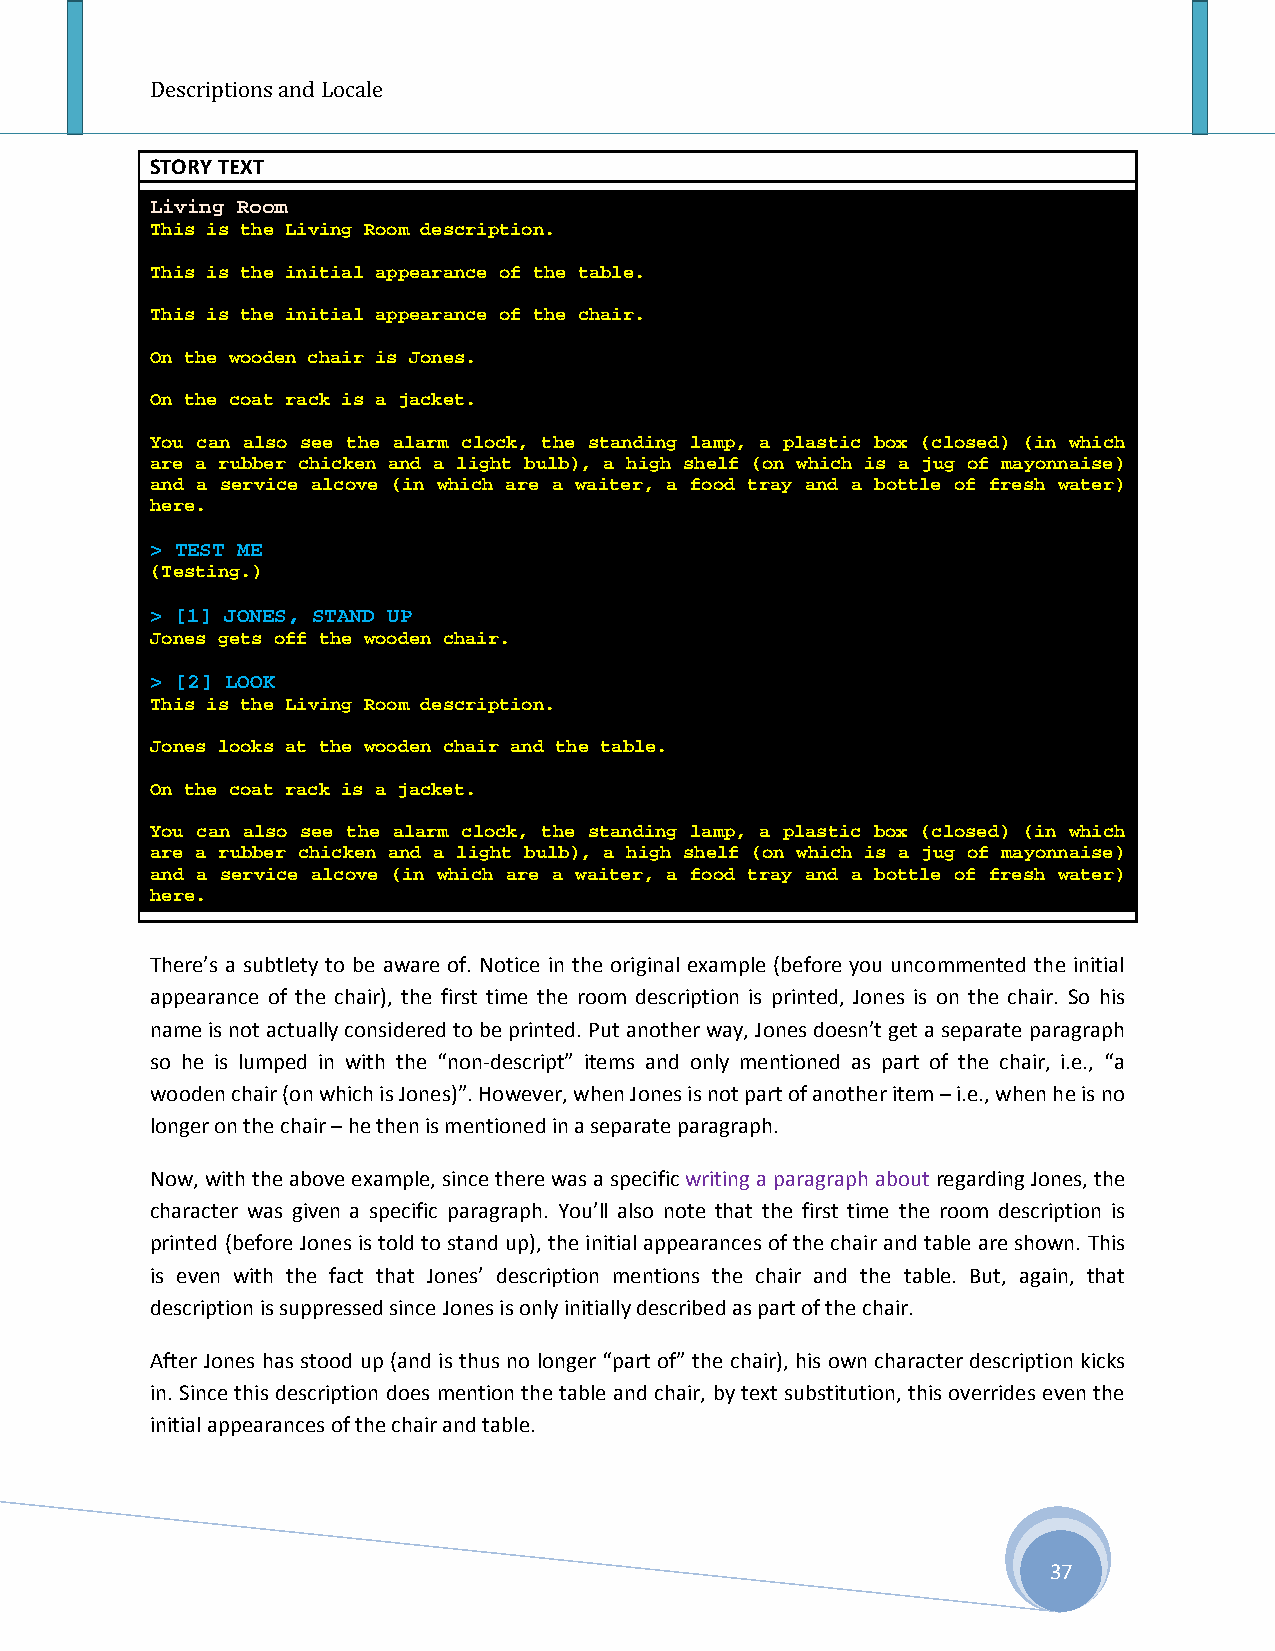
Descriptions and Locale
 STORY TEXT
 Living Room
 This is the Living Room description.
 This is the initial appearance of the table.
 This is the initial appearance of the chair.
 On the wooden chair is Jones.
 On the coat rack is a jacket.
 You can also see the alarm clock, the standing lamp, a plastic box (closed) (in which
 are a rubber chicken and a light bulb), a high shelf (on which is a jug of mayonnaise)
 and a service alcove (in which are a waiter, a food tray and a bottle of fresh water)
 here.
 > TEST ME
 (Testing.)
 > [1] JONES, STAND UP
 Jones gets off the wooden chair.
 > [2] LOOK
 This is the Living Room description.
 Jones looks at the wooden chair and the table.
 On the coat rack is a jacket.
 You can also see the alarm clock, the standing lamp, a plastic box (closed) (in which
 are a rubber chicken and a light bulb), a high shelf (on which is a jug of mayonnaise)
 and a service alcove (in which are a waiter, a food tray and a bottle of fresh water)
 here.
 There’s a subtlety to be aware of. Notice in the original example (before you uncommented the initial
 appearance of the chair), the first time the room description is printed, Jones is on the chair. So his
 name is not actually considered to be printed. Put another way, Jones doesn’t get a separate paragraph
 so he is lumped in with the “non-descript” items and only mentioned as part of the chair, i.e., “a
 wooden chair (on which is Jones)”. However, when Jones is not part of another item – i.e., when he is no
 longer on the chair – he then is mentioned in a separate paragraph.
 Now, with the above example, since there was a specific writing a paragraph about regarding Jones, the
 character was given a specific paragraph. You’ll also note that the first time the room description is
 printed (before Jones is told to stand up), the initial appearances of the chair and table are shown. This
 is even with the fact that Jones’ description mentions the chair and the table. But, again, that
 description is suppressed since Jones is only initially described as part of the chair.
 After Jones has stood up (and is thus no longer “part of” the chair), his own character description kicks
 in. Since this description does mention the table and chair, by text substitution, this overrides even the
 initial appearances of the chair and table.
 37